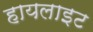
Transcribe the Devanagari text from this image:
हायलाइट